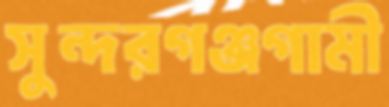
সুন্দরগঞ্জগামী